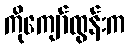
ကိုကျော်ထွန်းက